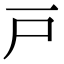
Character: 戸